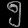
Digit: ၅